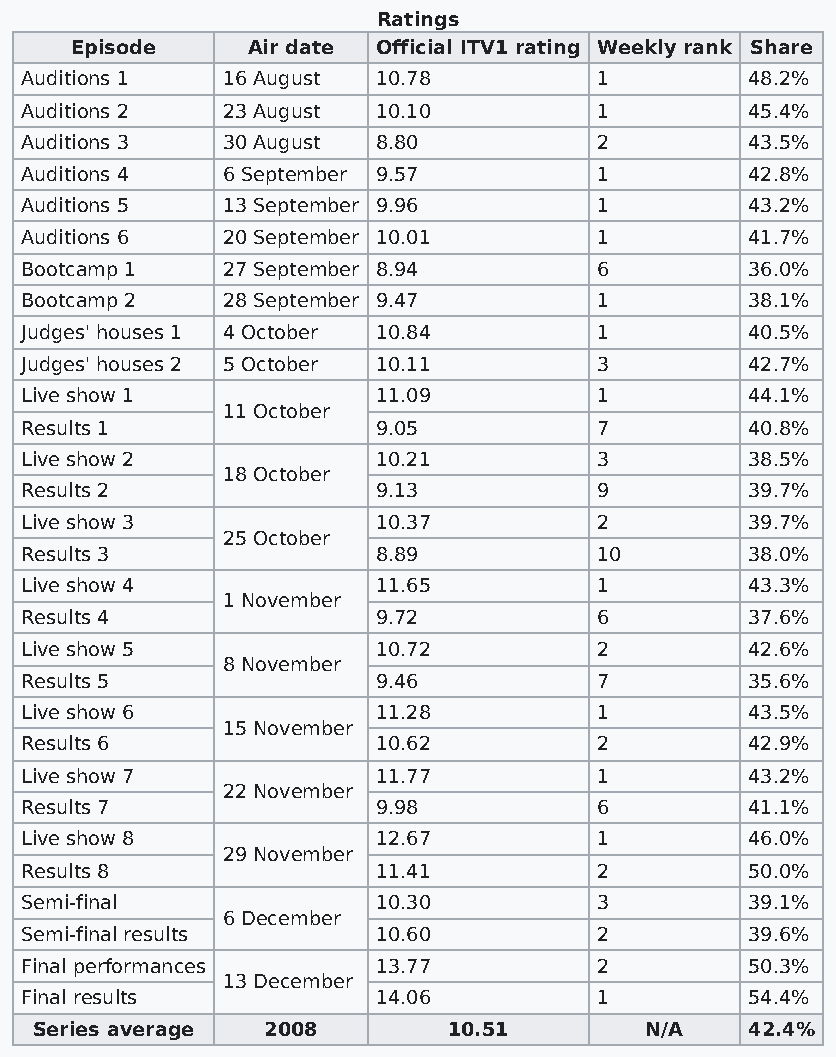
Ratings
 Episode    Air date Official ITV1 rating Weekly rank Share
 Auditions 1   16 August 10.78         1         48.2%
 Auditions 2   23 August 10.10         1         45.4%
 Auditions 3   30 August 8.80          2         43.5%
 Auditions 4   6 September 9.57        1         42.8%
 Auditions 5   13 September 9.96       1         43.2%
 Auditions 6   20 September 10.01      1         41.7%
 Bootcamp 1    27 September 8.94       6         36.0%
 Bootcamp 2    28 September 9.47       1         38.1%
 Judges' houses 1 4 October 10.84      1         40.5%
 Judges' houses 2 5 October 10.11      3         42.7%
 Live show 1             11.09         1         44.1%
 11 October
 Results 1               9.05          7         40.8%
 Live show 2             10.21         3         38.5%
 18 October
 Results 2               9.13          9         39.7%
 Live show 3             10.37         2         39.7%
 25 October
 Results 3               8.89          10        38.0%
 Live show 4             11.65         1         43.3%
 1 November
 Results 4               9.72          6         37.6%
 Live show 5             10.72         2         42.6%
 8 November
 Results 5               9.46          7         35.6%
 Live show 6             11.28         1         43.5%
 15 November
 Results 6               10.62         2         42.9%
 Live show 7             11.77         1         43.2%
 22 November
 Results 7               9.98          6         41.1%
 Live show 8             12.67         1         46.0%
 29 November
 Results 8               11.41         2         50.0%
 Semi-final              10.30         3         39.1%
 6 December
 Semi-final results      10.60         2         39.6%
 Final performances      13.77         2         50.3%
 13 December
 Final results           14.06         1         54.4%
 Series average 2008         10.51        N/A   42.4%